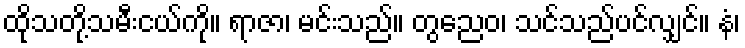
ထိုသတို့သမီးငယ်ကို။ ရာဇာ၊ မင်းသည်။ တွညေဝ၊ သင်သည်ပင်လျှင်။ နံ၊